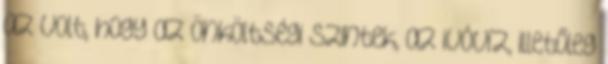
az volt, hogy az önköltségi szintek, az ivóvíz, illetőleg